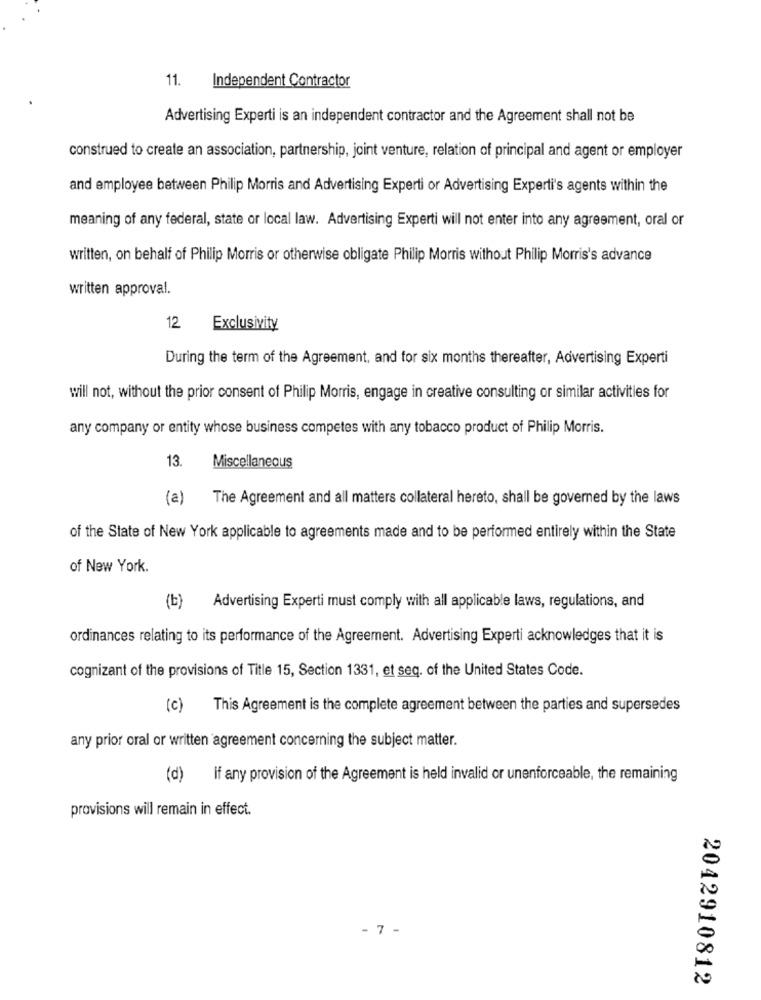
11. Independent Contractor
Advertising Experti is an independent contractor and the Agreement shall not be
construed to create an association, partnership, joint venture, relation of principal and agent or employer
and employee between Philip Morris and Advertising Experti or Advertising Experti's agents within the
meaning of any federal, state or local law. Advertising Experti will not enter into any agreement, oral or
written, on behalf of Philip Morris or otherwise obligate Philip Morris without Philip Morris's advance
written approval.
12 Exclusivity
During the term of the Agreement, and for six months thereafter, Advertising Experti
will not, without the prior consent of Philip Morris, engage in creative consulting or similar activities for
any company or entity whose business competes with any tobacco product of Philip Morris.
13.
Miscellaneous
(a)
The Agreement and all matters collateral hereto, shall be governed by the laws
of the State of New York applicable to agreements made and to be performed entirely within the State
of New York.
(b)
Advertising Experti must comply with all applicable laws, regulations, and
ordinances relating to its performance of the Agreement. Advertising Experti acknowledges that it is
cognizant of the provisions of Title 15, Section 1331, et seq. of the United States Code.
(c)
This Agreement is the complete agreement between the parties and supersedes
any prior oral or written agreement concerning the subject matter.
(d) if any provision of the Agreement is held invalid or unenforceable, the remaining
provisions will remain in effect.
- 7 -
2042910812